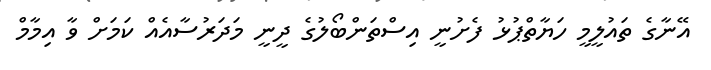
އޭނާގެ ތައުލީމީ ހަޔާތްޕުޅު ފެށުނީ އިސްތަންބޯލުގެ ދީނީ މަދަރުސާއެއް ކަމަށް ވާ އިމާމް